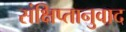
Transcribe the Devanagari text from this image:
संक्षिप्तानुवाद